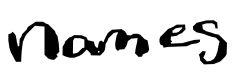
Text: names
Cross-out: clean
Writing tool: digital_black